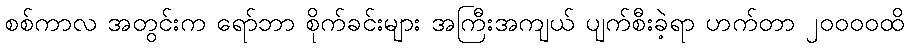
စစ်ကာလ အတွင်းက ရော်ဘာ စိုက်ခင်းများ အကြီးအကျယ် ပျက်စီးခဲ့ရာ ဟက်တာ ၂၀၀၀၀ထိ